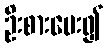
ဦးစားပေး၍